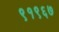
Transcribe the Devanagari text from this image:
९१९६७